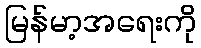
မြန်မာ့အရေးကို